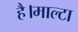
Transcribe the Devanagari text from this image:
है।माल्टा